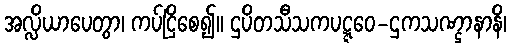
အလ္လိယာပေတွာ၊ ကပ်ငြိစေ၍။ ဌပိတသီသကပဋ္ဋဝေ-ဌကသဏ္ဌာနာနိ၊